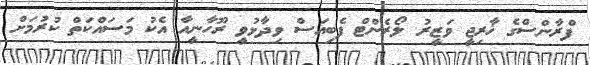
ފްރާންސްގެ ޚާރިޖީ ވަޒީރު ލޯރެންޓް ފެބިއަސް ވިދާޅުވީ ރޫހާނީއާ އެކު މަސައްކަތް ކުރުމަށް